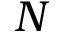
N